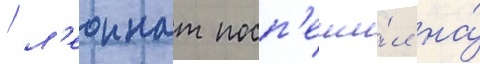
/ л'еоннат посп'еши́л на́